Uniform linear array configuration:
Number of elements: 48
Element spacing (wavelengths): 0.5
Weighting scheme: exponential
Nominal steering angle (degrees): -45
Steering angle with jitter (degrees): -43.147
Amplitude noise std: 0.05
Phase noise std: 0.05

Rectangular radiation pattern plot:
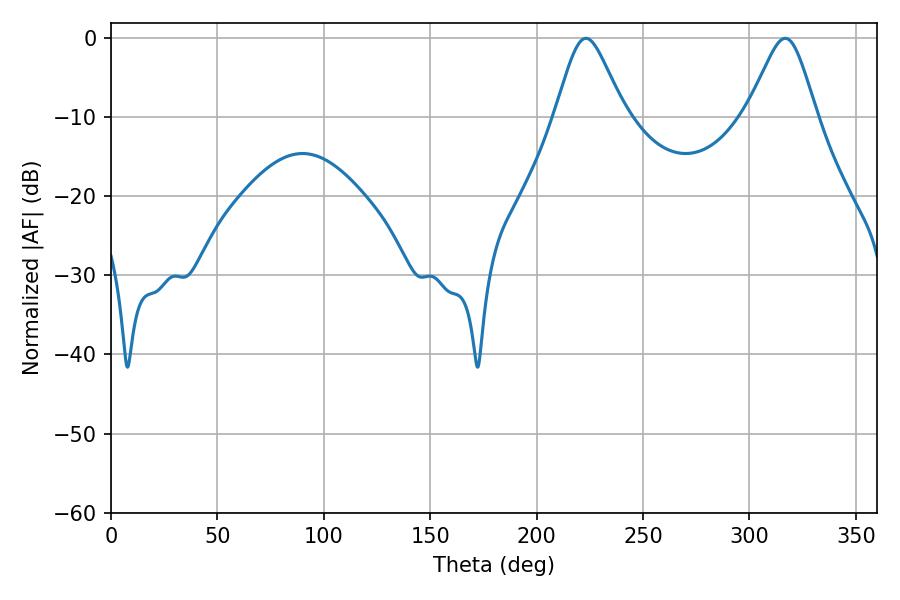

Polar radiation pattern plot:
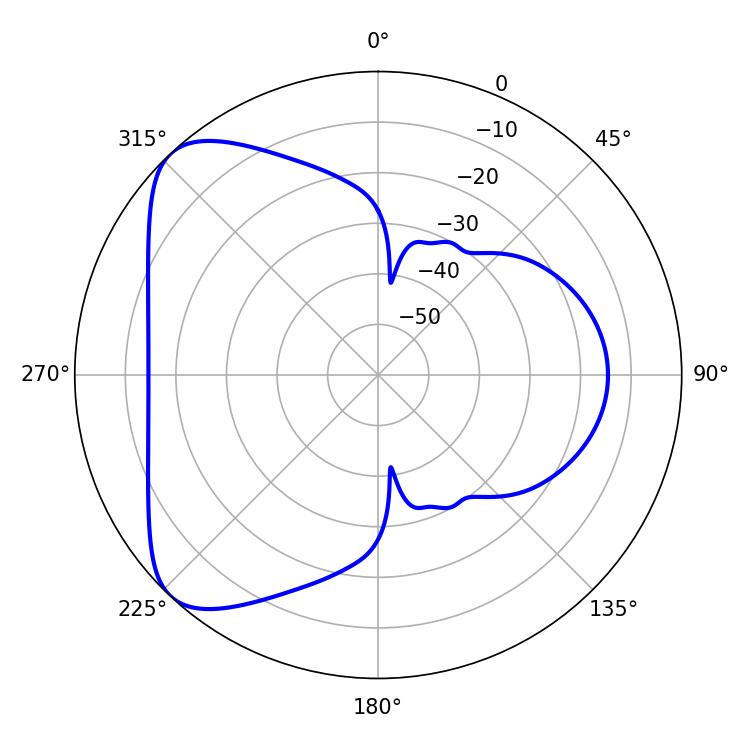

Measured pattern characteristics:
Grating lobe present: FALSE
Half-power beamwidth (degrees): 15.84
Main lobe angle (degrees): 223.2